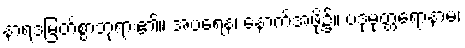
နာရဒမြတ်စွာဘုရား၏။ အပရေန၊ နောက်အဖို့၌။ ပဒုမုတ္တရောနာမ၊